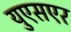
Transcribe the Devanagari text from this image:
युएसएर